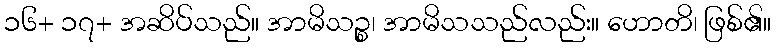
၁၆+ ၁၇+ အဆိပ်သည်။ အာမိသဉ္စ၊ အာမိသသည်လည်း။ ဟောတိ၊ ဖြစ်၏။